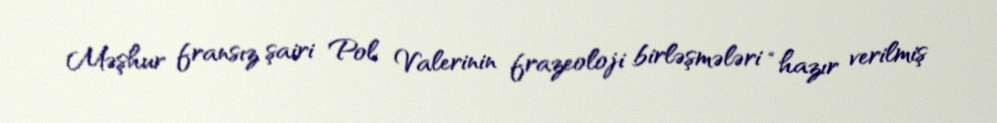
Məşhur fransız şairi Pol Valerinin frazeoloji birləşmələri “hazır verilmiş